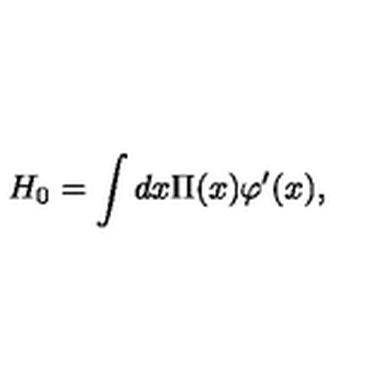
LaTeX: H _ { 0 } = \int d x \Pi ( x ) \varphi ^ { \prime } ( x ) ,